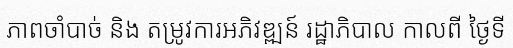
ភាពចាំបាច់ និង តម្រូវការអភិវឌ្ឍន៍ រដ្ឋាភិបាល កាលពី ថ្ងៃទី